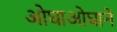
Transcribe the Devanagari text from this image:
ओघाओघाने